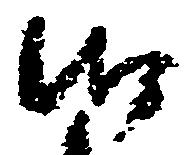
御